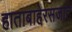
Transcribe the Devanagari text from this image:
हाताबाहेरसजाते